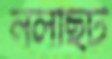
নলছিট